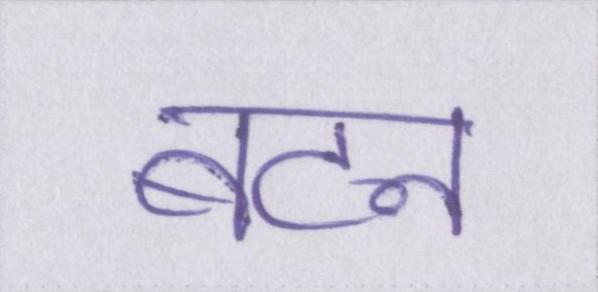
बटन